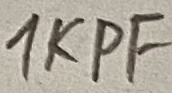
Text: 1KPF